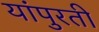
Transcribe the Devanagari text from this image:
यांपुरती